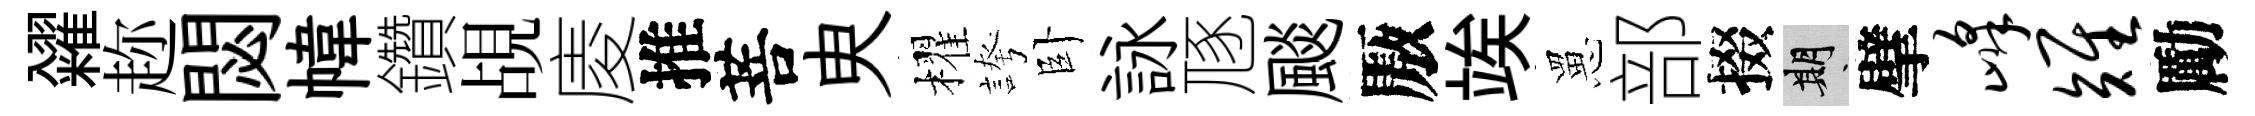
糴趂閟幃鑽覘庱推菩㬰櫂誇卧詠豗颷厫竢罳部掇期擘峰雉勵